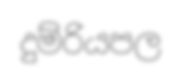
දුම්රියපල